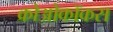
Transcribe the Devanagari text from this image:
क्रोओकॉकस